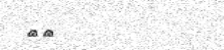
٢٠